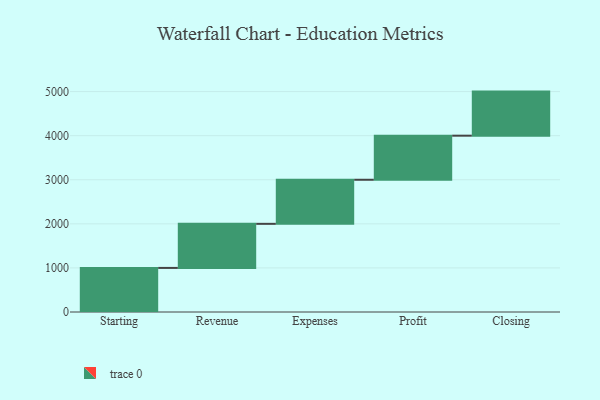
{"axis": {"x": "Step", "y": "Value"}, "legend": [""], "data": [{"x": "Starting", "y": 1000, "type": ""}, {"x": "Revenue", "y": 1000, "type": ""}, {"x": "Expenses", "y": 1000, "type": ""}, {"x": "Profit", "y": 1000, "type": ""}, {"x": "Closing", "y": 1000, "type": ""}]}